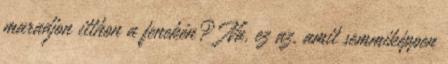
maradjon itthon a fenekén? Na, ez az, amit semmiképpen